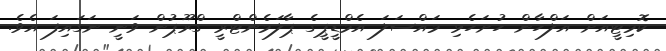
ކޮމިޓީއަށް އަލްހާން ހުށަހެޅި މައްސަލަ އެމްޑީޕީގެ ޕާލަމެންޓްރީ ގްރޫޕުން ވަނީ ނަގައިފަ އެވެ.